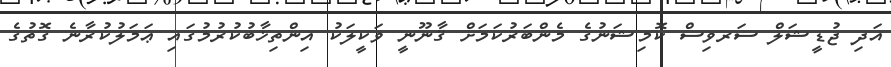
އަދި ޖުޑީޝަލް ސަރވިސް ކޮމިޝަނުގެ މެންްބަރުކަމަށް ޤާނޫނީ ވަކީލަކު އިންތިޚާބުކުރުމުގައި ޢަމަލުކުރާނެ ގޮތުގެ